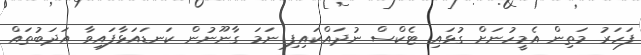
ފަހަރު މަތިން އެމީހުނަށް ގުޅައި ޓެކްސް ނުދައްކައިފި ނަމަ ގާނޫނުން ކަނޑައަޅާފައިވާ އަދަބުތައް